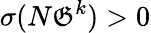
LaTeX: \sigma(N{\mathfrak{G}}^{k})>0